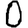
Digit: 0